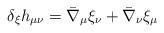
LaTeX: \begin{align*}\delta_\xi h_{\mu\nu} = \bar \nabla_\mu \xi_\nu + \bar \nabla_\nu \xi_\mu\end{align*}